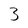
Character: 3